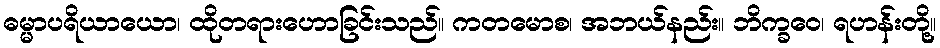
ဓမ္မာပရိယာယော၊ ထိုတရားဟောခြင်းသည်။ ကတမောစ၊ အဘယ်နည်း။ ဘိက္ခဝေ၊ ရဟန်းတို့။